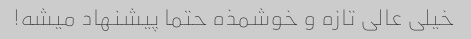
خیلى عالى تازه و خوشمذه حتما پیشنهاد میشه!